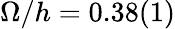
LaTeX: \Omega/h=0.38(1)